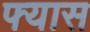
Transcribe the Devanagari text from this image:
फ्यास